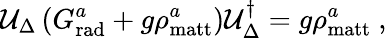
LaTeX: {\cal U}_{\Delta}\left(G_{\mathrm{rad}}^{a}+g\rho_{\mathrm{matt}}^{a}\right){\cal U}_{\Delta}^{\dagger}=g\rho_{\mathrm{matt}}^{a}\ ,